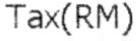
TAX(RM)